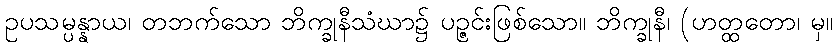
ဥပသမ္ပန္နာယ၊ တဘက်သော ဘိက္ခုနီသံဃာ၌ ပဉ္ဇင်းဖြစ်သော။ ဘိက္ခုနီ၊ (ဟတ္ထတော၊ မှ။